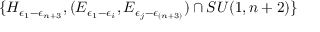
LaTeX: \{ H _ { \epsilon _ { 1 } - \epsilon _ { n + 3 } } , ( E _ { \epsilon _ { 1 } - \epsilon _ { i } } , E _ { \epsilon _ { j } - \epsilon _ { ( n + 3 ) } } ) \cap S U ( 1 , n + 2 ) \}